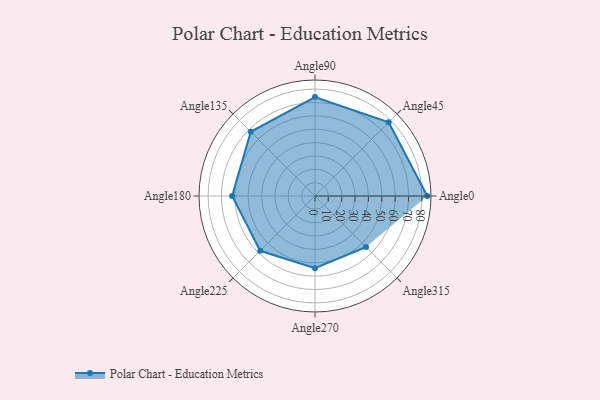
{"axis": {"x": "Angle", "y": "Radius"}, "legend": [""], "data": [{"x": "Angle0", "y": 84.0, "type": ""}, {"x": "Angle45", "y": 78.0, "type": ""}, {"x": "Angle90", "y": 74.0, "type": ""}, {"x": "Angle135", "y": 68.0, "type": ""}, {"x": "Angle180", "y": 62.0, "type": ""}, {"x": "Angle225", "y": 58.0, "type": ""}, {"x": "Angle270", "y": 54.0, "type": ""}, {"x": "Angle315", "y": 54.0, "type": ""}]}